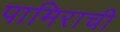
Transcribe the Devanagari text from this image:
पामिराची